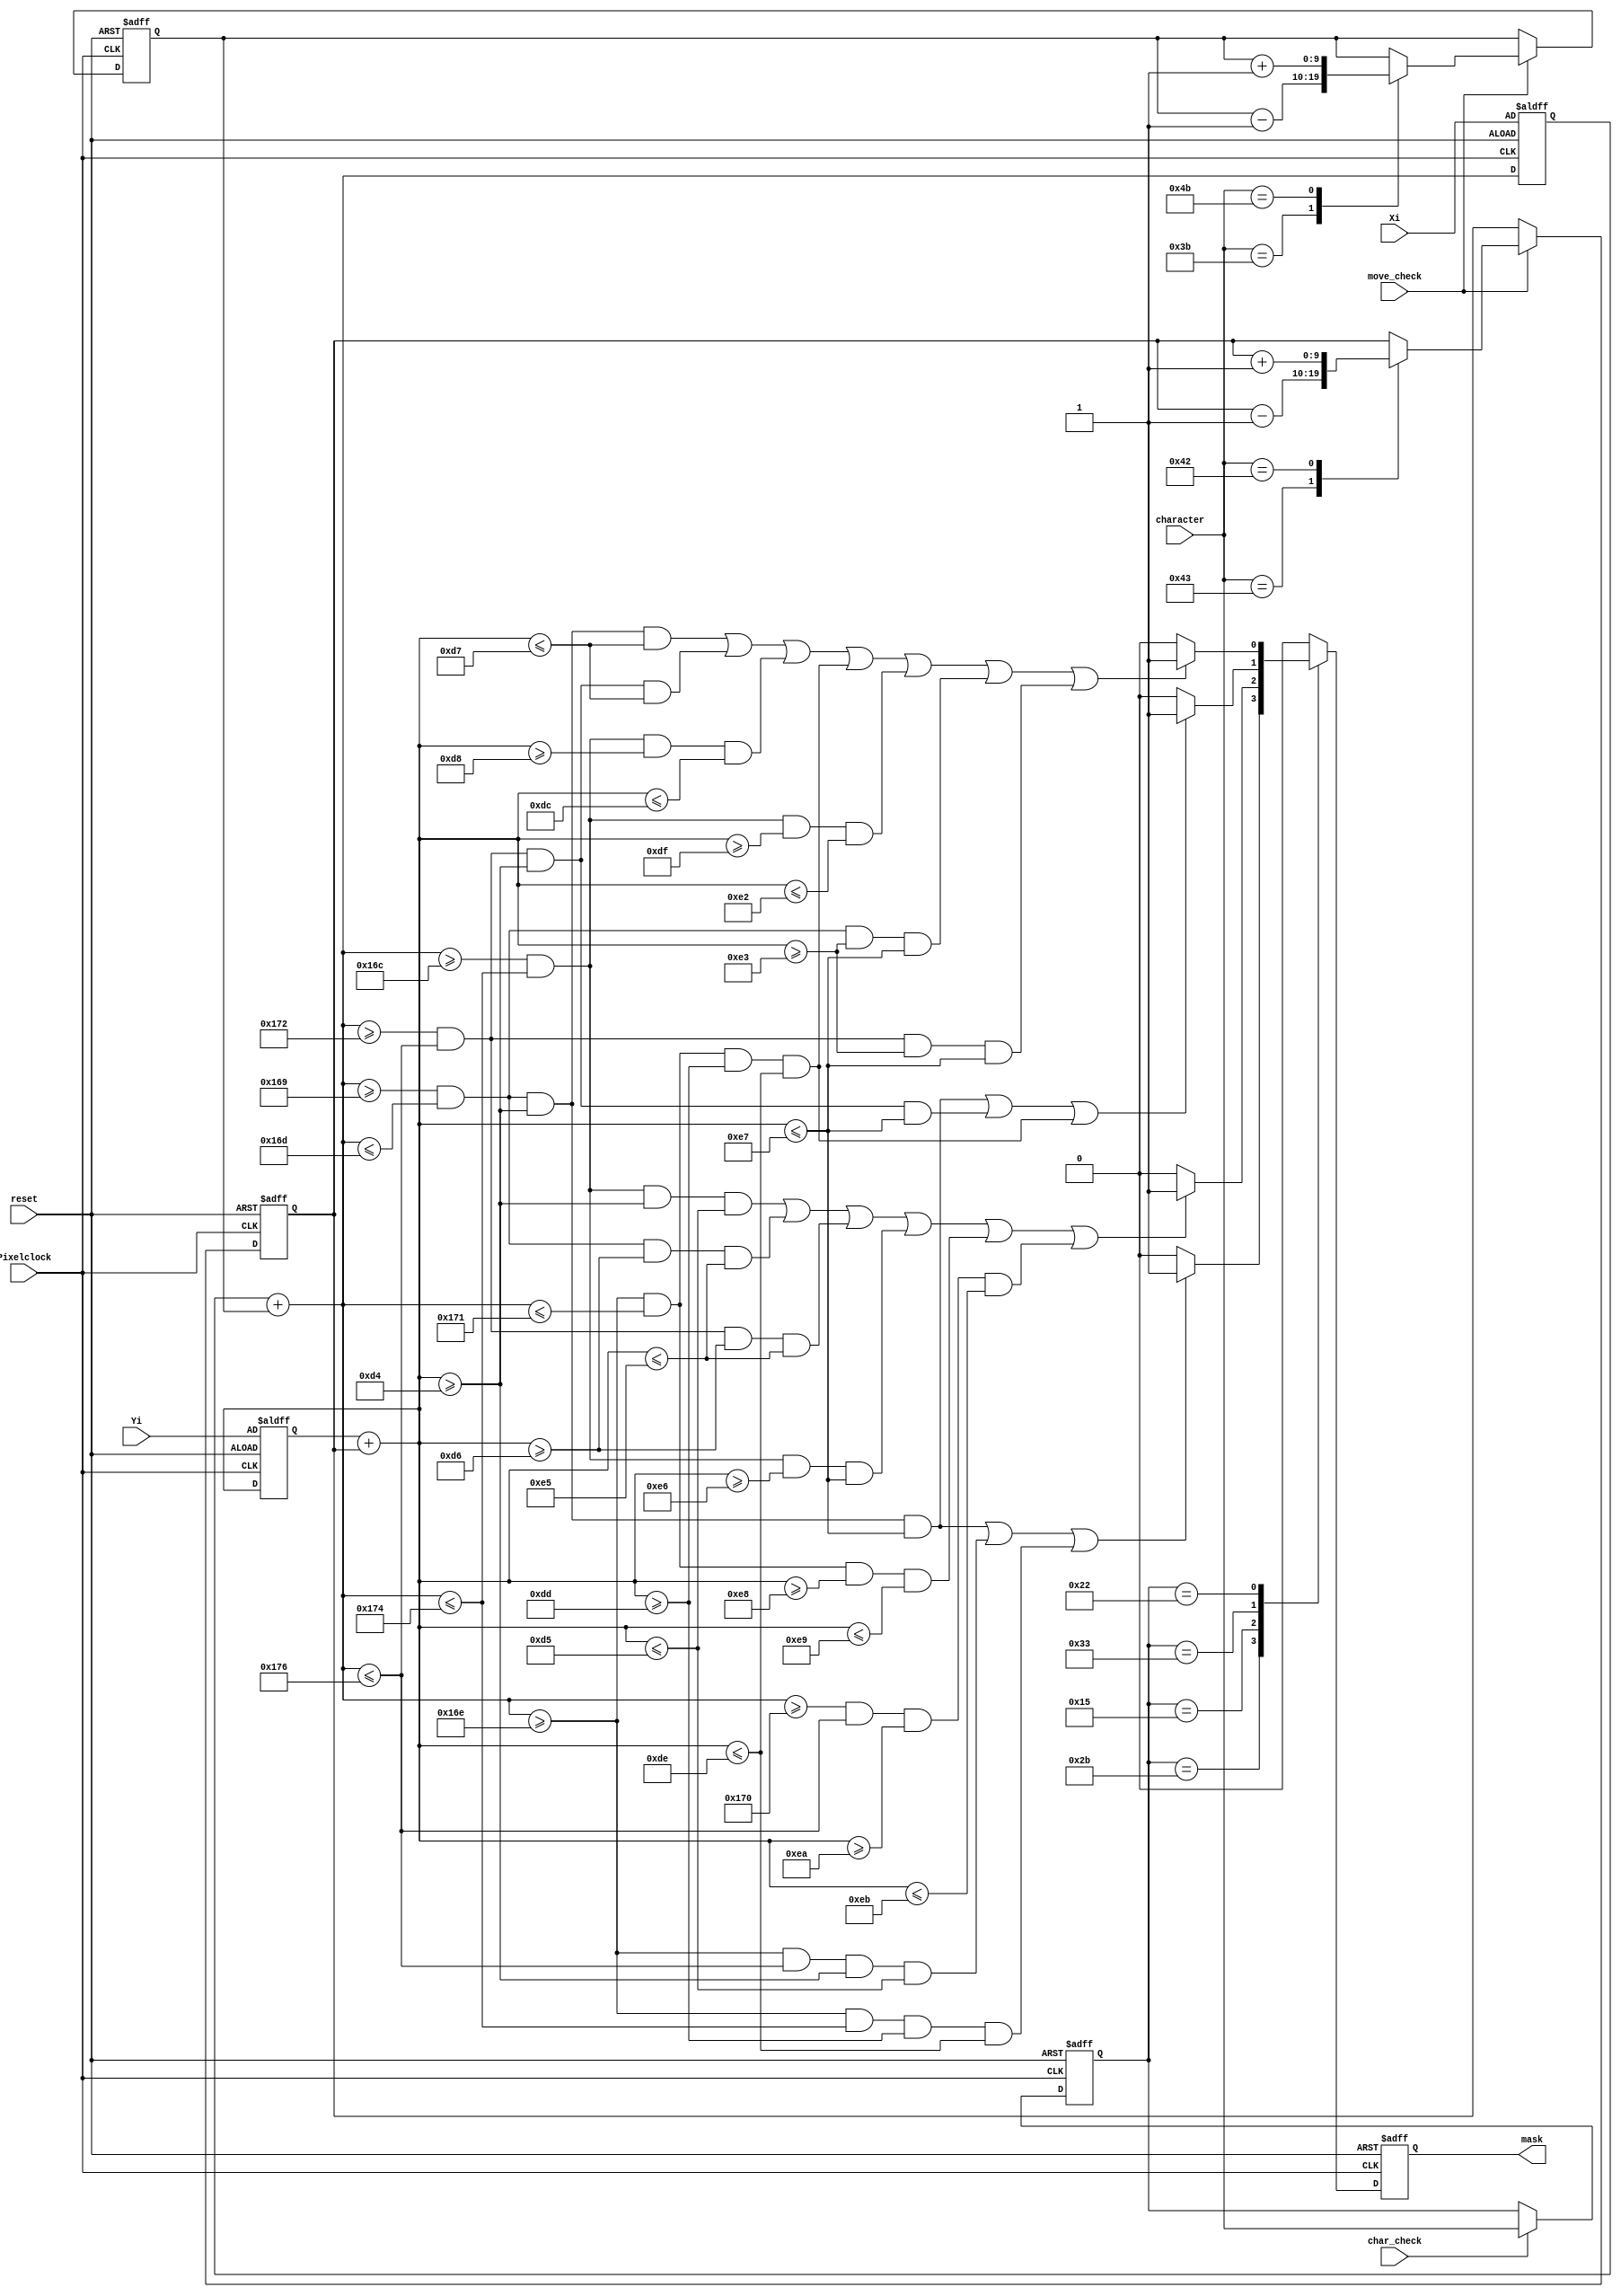
`timescale 1ns / 1ps
//////////////////////////////////////////////////////////////////////////////////
// Company:  University of Patras
// 
// Module Name:    Mask_Producer 
// Project Name:   iTalos
//
//////////////////////////////////////////////////////////////////////////////////
module Mask_Producer(
	 input Pixelclock,
	 input reset,
	 input char_check,
	 input move_check,
	 input [7:0] character,
    input [9:0] Xi,
    input [9:0] Yi,
	 output reg mask
    );
	 
	 reg [9:0] X,Y;
	 
	 reg [9:0] Xoff,Yoff;
	 
	 reg [7:0] valid_character;
	 
	 always @(posedge Pixelclock or posedge reset)
	 begin 
		if (reset) valid_character = 0;
		else if (char_check) valid_character = character;
	 end
	 
	 always @(posedge Pixelclock or posedge reset)
	 begin 
		if (reset)
		begin
			Xoff=0;
			Yoff=0;
		end
		else if (move_check) 
		begin
			case(character)
				8'h43: Yoff = Yoff-1; //I
				8'h42: Yoff = Yoff+1; //K
				8'h3b: Xoff = Xoff-1; //J
				8'h4b: Xoff = Xoff+1; //L
			endcase
		end
	 end
	 
	 
	 
	 
	 always @(negedge Pixelclock or posedge reset) 
	 begin 
		if (reset) 
		begin
			mask=0;
			X=Xi;
			Y=Yi;
		end
	   else
		begin
			mask=0;
			X = X + Xoff;
			Y = Y + Yoff;
			case (valid_character)
				8'h2b : //F
				begin
					if (X>=361 && X<=365 && Y>=212 && Y<=231 ||
						 X>=366 && X<=374 && Y>=212 && Y<=213 ||
						 X>=366 && X<=372 && Y>=221 && Y<=222
						 ) mask = 1;
				end
				
				8'h15 ://Q
				begin
					if (X>=364 && X<=372 && Y>=212 && Y<=213 ||
						 X>=361 && X<=365 && Y>=214 && Y<=229 ||
						 X>=370 && X<=374 && Y>=214 && Y<=229 ||
						 X>=364 && X<=372 && Y>=230 && Y<=231 ||
						 X>=366 && X<=369 && Y>=232 && Y<=233 ||
						 X>=368 && X<=374 && Y>=234 && Y<=235 
						 ) mask = 1;
				end
				
				8'h33 ://H
				begin
					if (X>=361 && X<=365 && Y>=212 && Y<=231 ||
						 X>=370 && X<=374 && Y>=212 && Y<=231 ||
						 X>=366 && X<=369 && Y>=221 && Y<=222
						 ) mask = 1;
				end
				
				8'h22 ://X
				begin 
					if (X>=361 && X<=365 && Y>=212 && Y<=215 ||
						 X>=370 && X<=374 && Y>=212 && Y<=215 ||
						 X>=364 && X<=372 && Y>=216 && Y<=220 ||
						 X>=366 && X<=369 && Y>=221 && Y<=222 ||
						 X>=364 && X<=372 && Y>=223 && Y<=226 ||
						 X>=361 && X<=365 && Y>=227 && Y<=231 ||
						 X>=370 && X<=374 && Y>=227 && Y<=231 
						 ) mask = 1;
				end
				
				default : mask = 0;
			endcase
		  end
	 end 

endmodule